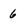
Character: 6